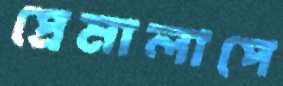
প্রেমালাপে